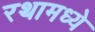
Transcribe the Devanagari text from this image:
रथामध्ये